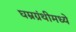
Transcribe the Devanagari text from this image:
घम्रग्रंथीमध्ये